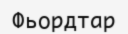
Фьордтар